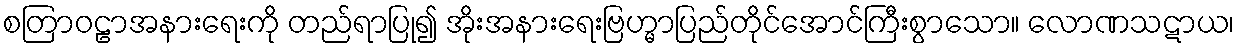
စတြာဝဠာအနားရေးကို တည်ရာပြု၍ အိုးအနားရေးဗြဟ္မာပြည်တိုင်အောင်ကြီးစွာသော။ လောဏသဋာယ၊